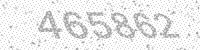
Solution: 465862